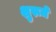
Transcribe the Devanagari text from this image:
शुरूमें